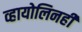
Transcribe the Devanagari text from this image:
व्हायोलिनही